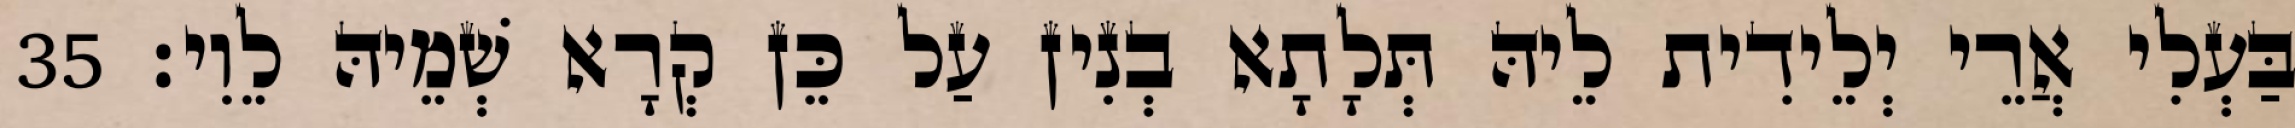
בַּעְלִי אֲרֵי יְלֵידִית לֵיהּ תְּלָתָא בְנִין עַל כֵּן קְרָא שְׁמֵיהּ לֵוִי׃ 35